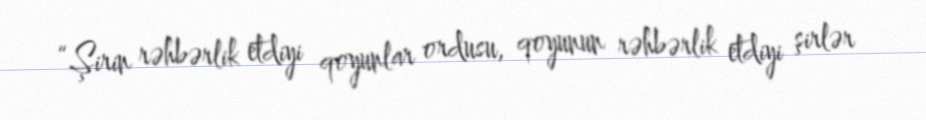
“Şirin rəhbərlik etdiyi qoyunlar ordusu, qoyunun rəhbərlik etdiyi şirlər